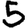
Digit: 5